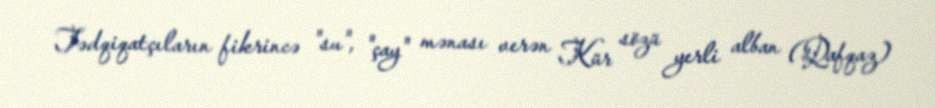
Tədqiqatçıların fikrincə "su", "çay" mənası verən Kür sözü yerli alban (Qafqaz)